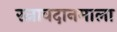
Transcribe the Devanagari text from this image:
रत्नावदानमाला